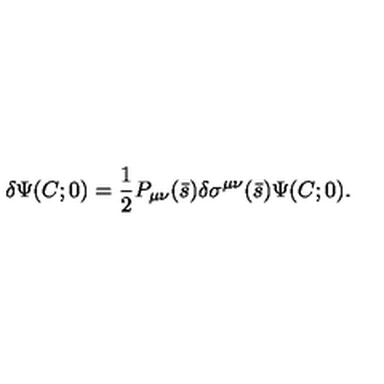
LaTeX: \delta \Psi ( C ; 0 ) = { \frac { 1 } { 2 } } P _ { \mu \nu } ( \bar { s } ) \delta \sigma ^ { \mu \nu } ( \bar { s } ) \Psi ( C ; 0 ) .